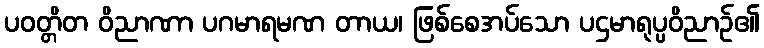
ပဝတ္တိတ ဝိညာဏာ ပဂမာရမဏ တာယ၊ ဖြစ်စေအပ်သော ပဌမာရုပ္ပဝိညာဉ်၏